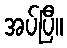
အပ်ပြီ။